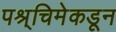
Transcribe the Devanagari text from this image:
पश्र्चिमेकडून